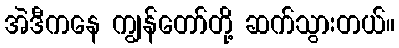
အဲဒီကနေ ကျွန်တော်တို့ ဆက်သွားတယ်။